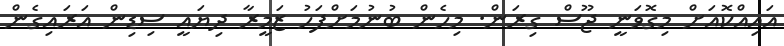
އައިއްކޮއަށް މިގޮވަނީ ޖޫސް ގިރަން. މިހެން ބުނުމަށްފަހު ޒަމީރާ ދިޔައީ ސިޑިން އަރައިގެން